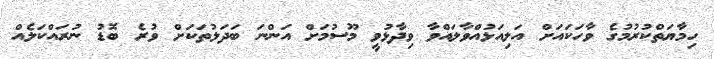
ހިމާޔަތްކުރުމުގެ ވާހަކައަށް އަލިއަޅުއްވާލައްވާ ވިދާޅުވީ މޫސުމަށް އަންނަ ބަދަލުތަކަށް ވުރެ ބޮޑު ނުރައްކަލެއް